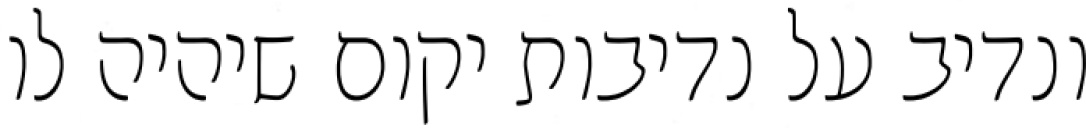
ונדיב על נדיבות יקום שיהיה לו